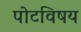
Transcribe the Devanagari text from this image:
पोटविषय